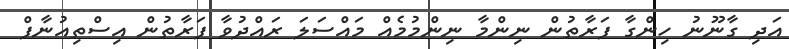
އަދި ގާނޫނު ހިންގާ ފަރާތުން ނިންމާ ނިންމުމެއް މައްސަލަ ރައްދުވާ ފަރާތުން އިސްތިއުނާފް